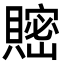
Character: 𧷦